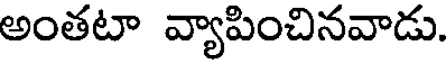
అంతటా వ్యాపించినవాడు.